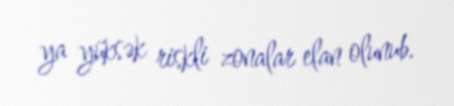
ya yüksək riskli zonalar elan olunub.